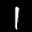
Label: 1